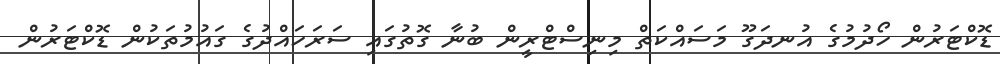
ޑޮކްޓަރުން ހޯދުމުގެ އުނދަގޫ މަސައްކަތް މިނިސްޓްރީން ބުނާ ގޮތުގައި ސަރަހައްދުގެ ގައުމުތަކުން ޑޮކްޓަރުން